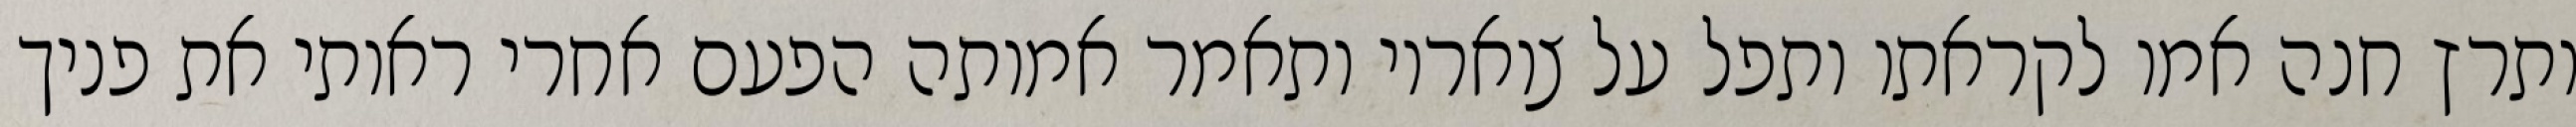
ותרץ חנה אמו לקראתו ותפל על צואריו ותאמר אמותה הפעם אחרי ראותי את פניך